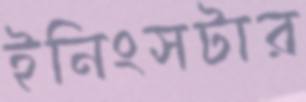
ইনিংসটার